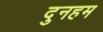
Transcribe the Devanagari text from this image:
दुनहम